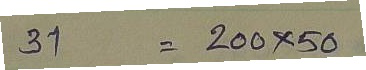
31 = 200 x 50